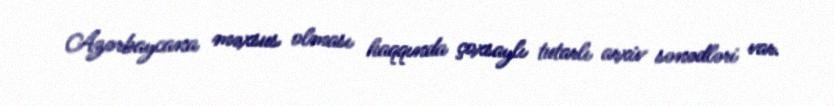
Azərbaycana məxsus olması haqqında çoxsaylı tutarlı arxiv sənədləri var.